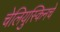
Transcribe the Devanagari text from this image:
चेलियुस्किनचे